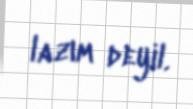
lazım deyil.